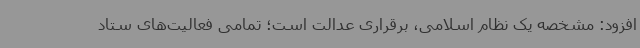
افزود: مشخصه یک نظام اسلامی، برقراری عدالت است؛ تمامی فعالیت‌های ستاد